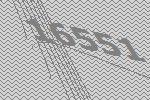
16551